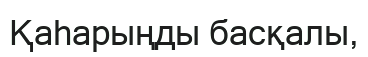
Қаһарыңды басқалы,